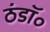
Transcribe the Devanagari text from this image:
ठंडॉ॰